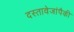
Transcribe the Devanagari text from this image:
दस्तावेजांपैकी